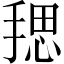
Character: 𪮏